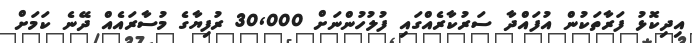
އިދިކޮޅު ފަރާތަކުން އުފައްދާ ސަރުކާރެއްގައި ފުލުހުންނަށް 30